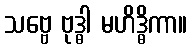
သဗ္ဗေ ဗုဒ္ဓါ မဟိဒ္ဓိကာ။